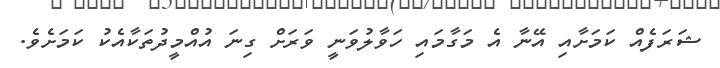
ޝަރަފެއް ކަމަށާއި އޭނާ އެ މަގާމައި ހަވާލުވަނީ ވަރަށް ގިނަ އުއްމީދުތަކާއެކު ކަމަށެވެ.